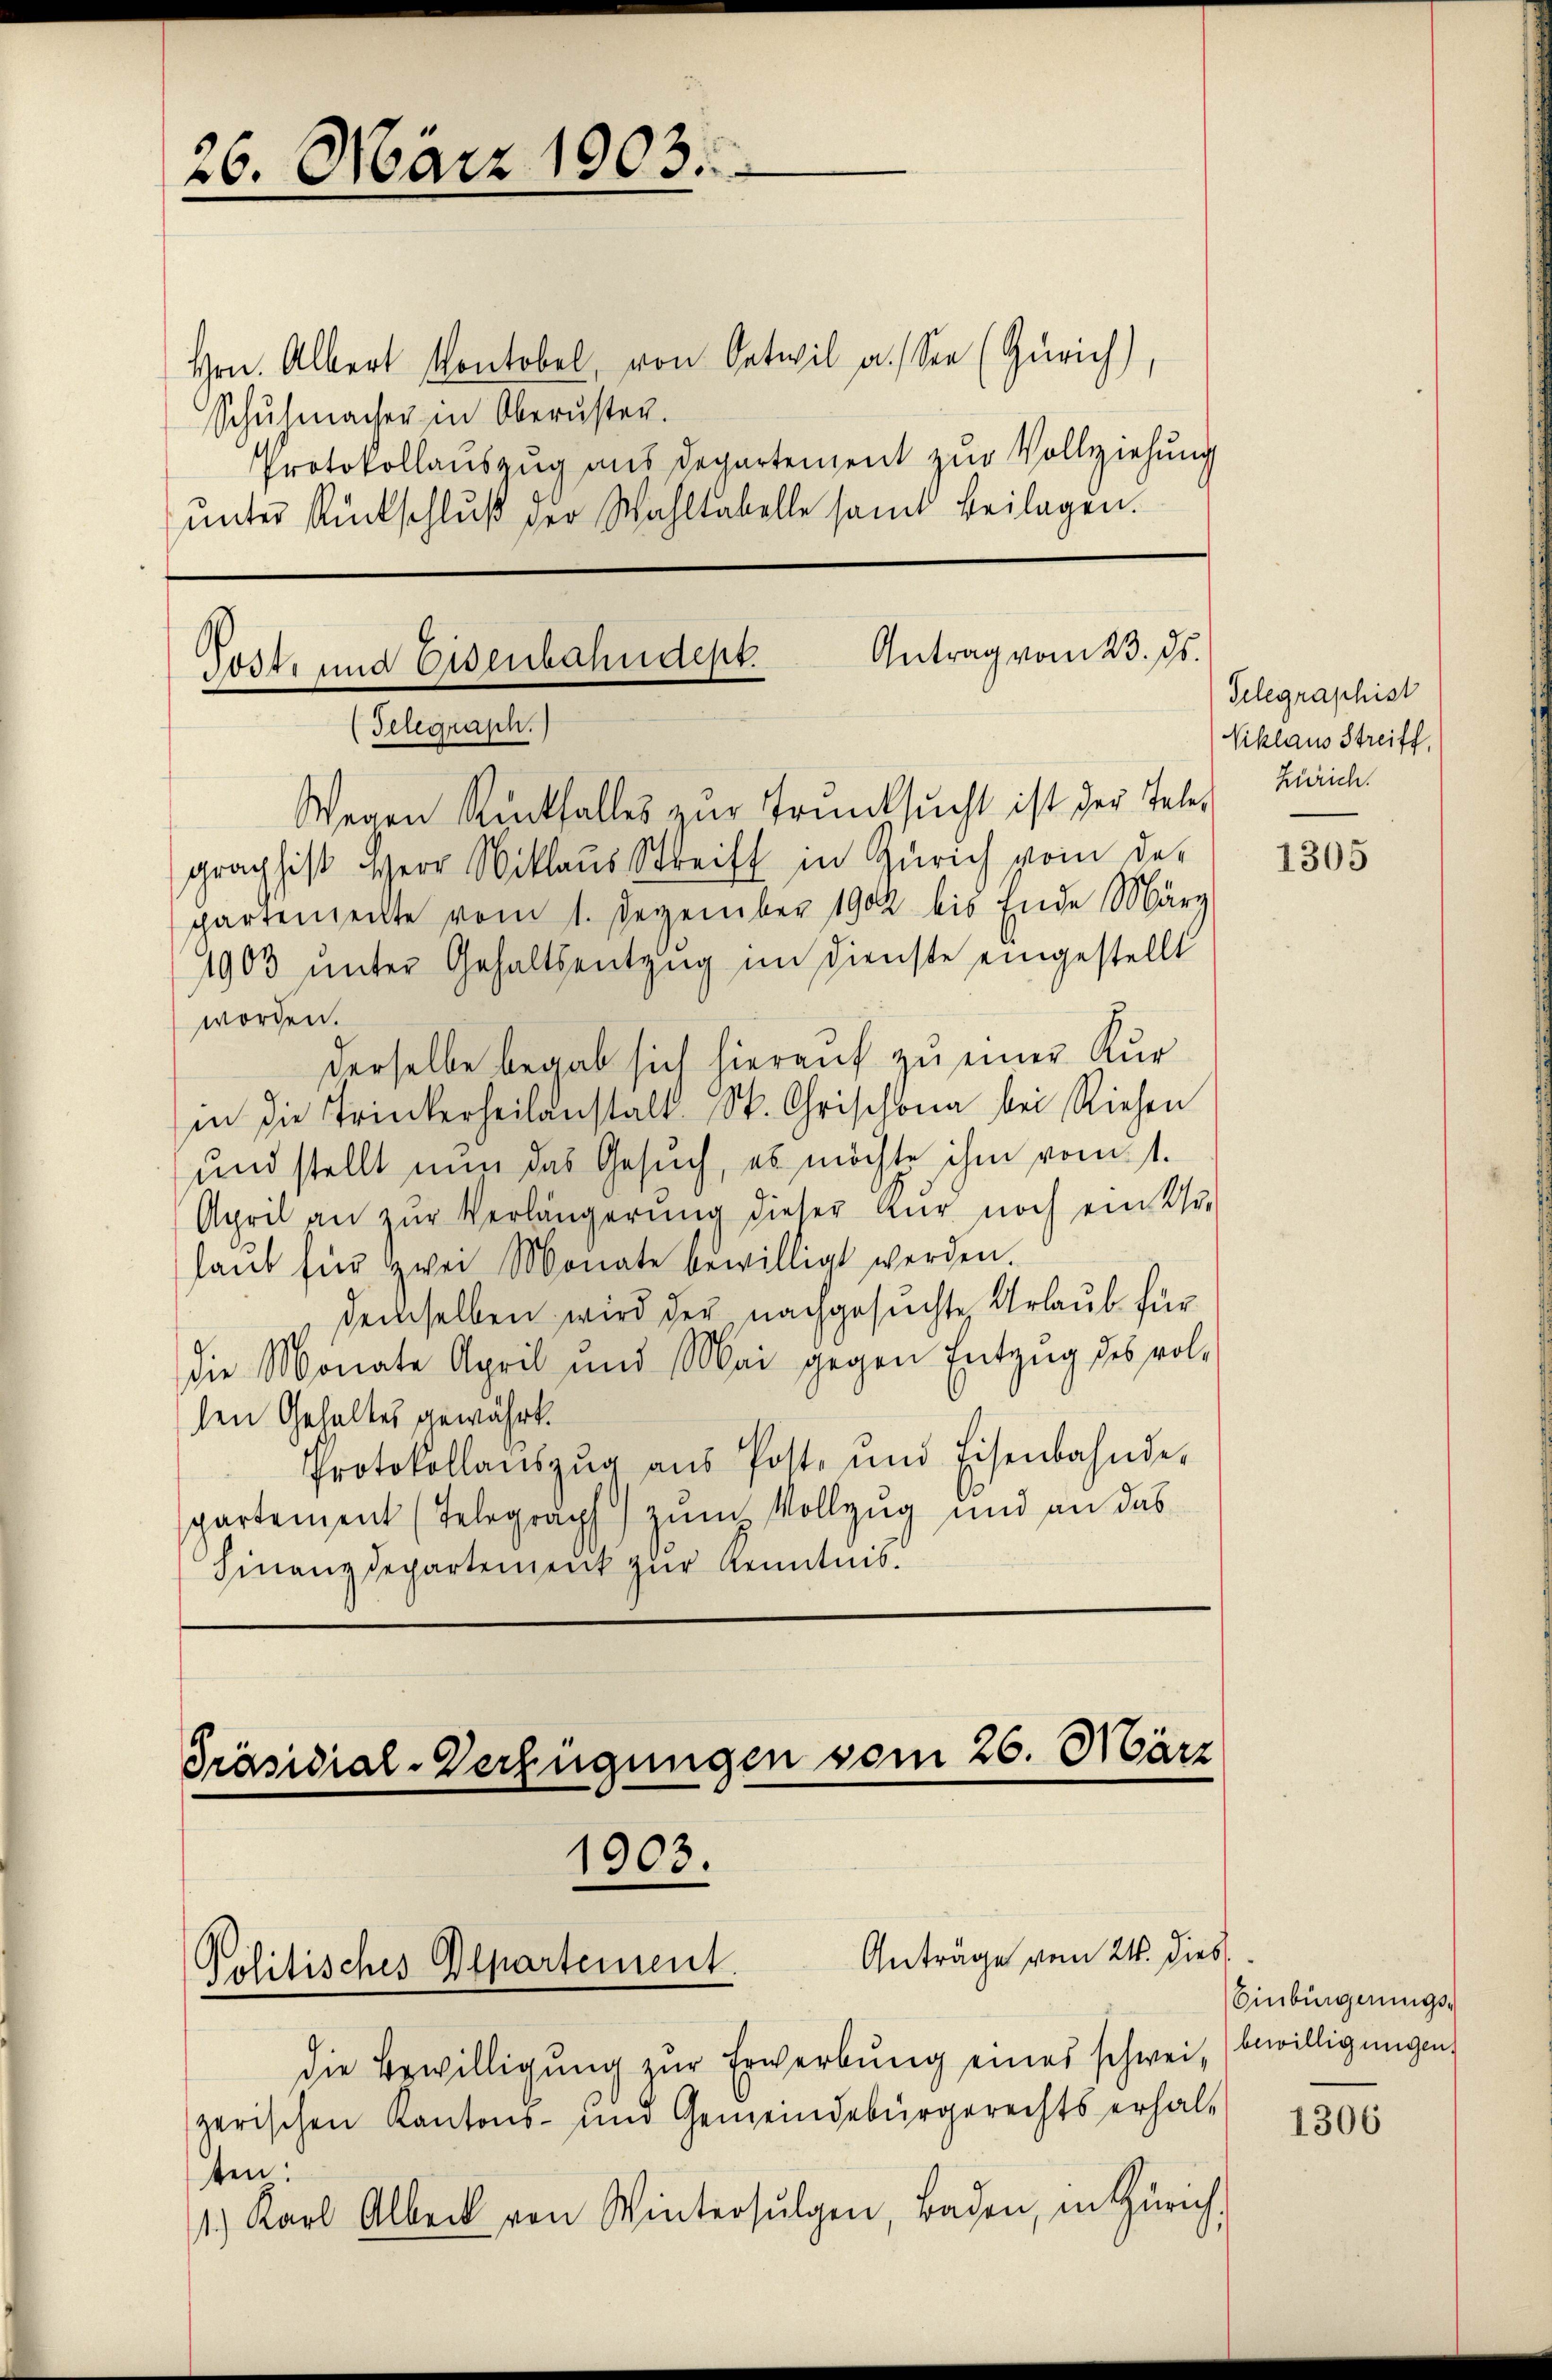
26. März 1903.

Schŭhmacher in Obersten.

Antrag vom 23. ds.
Post- und Eisenbahndept.
(Telegrasch.
Wegen Rückfalles zur Trunksucht ist der Teles Zürich

grach hist Herr Niklaus Streift in Zürich von des
partenheilte vom 1. Dezember 1902 bis Ende März
1903 ŭnter Gehaltsentzug im Dienste eingestellt
worden.
derselbe begab sich hierauf zu einer Kur
in die Trinkerheilanstalt St. Chrischona bei Riehen
und stellt nun das Gesuch, es möchte ihm vom 1.
April an zŭr Verlängerŭng dieser für noch ein Ur-
laŭb für zwei Monate bewilligt werden.
demselben wird der nachgesuchte Urlaub für
die Monate April und Mai gegen Entzŭg des volsen Gehaltes gewährt.
Protokollaŭszŭg aŭs Post- und Eisenbahnde-
partement (Telegraph) zum Vollzug und an das
Finanzdepartement zur Kenntnis.

Anträge vom 24. dies
Politisches Departement.

die Bewilligung zur Erwerbung eines schwei, bewilligungen
zerischen Kantons- und Gemeindebürgerechts erhal-

Hrn. Albert Kontobel, von Oetwil a. See (Zürich),
Protokollauszug aus Departement zur Vollziehung
ŭnter Rückschluß der Wahltabelle samt Beilagen.

Präsidial-Verfügungen vom 26. März
1903.

ten.
1) Karl Albeck von Wintersŭlgen, Baden, in Zürich.

Telegraphist
Viklaus Streiff,

1305

Einbürgerungs¬

1306